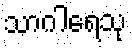
သာဂါရေသု